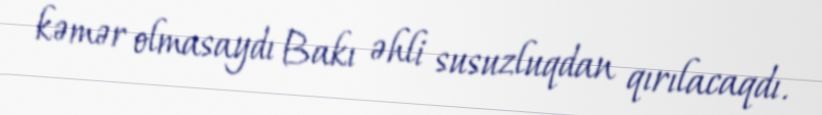
kəmər olmasaydı Bakı əhli susuzluqdan qırılacaqdı.